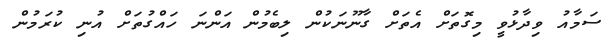
ސަމާއު ވިދާޅުވީ މިގޮތަށް އެތަށް ގާނޫނަކުން ލިބެމުން އަންނަ ހައްގުތަށް އުނި ކުރަމުން